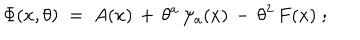
\Phi ( x , \theta ) \; = \; A ( x ) \, + \, \theta ^ { a } \, \psi _ { a } ( x ) \, - \, \theta ^ { 2 } \, F ( x ) \; ;